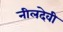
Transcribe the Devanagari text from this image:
नीलदेवी